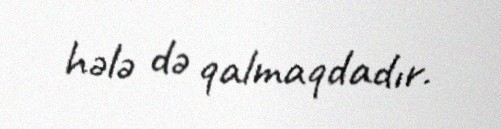
hələ də qalmaqdadır.